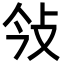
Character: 㪁